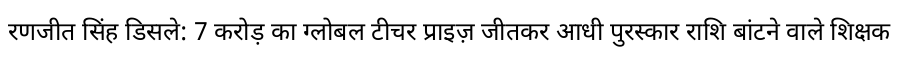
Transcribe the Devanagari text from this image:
रणजीत सिंह डिसले: 7 करोड़ का ग्लोबल टीचर प्राइज़ जीतकर आधी पुरस्कार राशि बांटने वाले शिक्षक